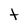
Character: t